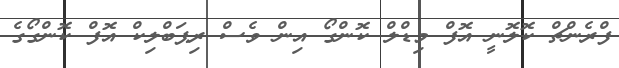
ފްރެންޗް ކޮލޮނީ އޮފް މިޑްލް ކޮންގޯ އިން ވެސް ރިޕަބްލިކް އޮފް ކޮންގޯގެ